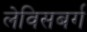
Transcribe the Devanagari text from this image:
लेविसबर्ग